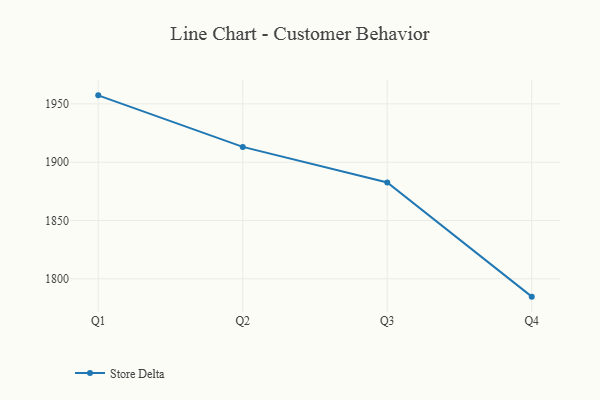
{"axis": {"x": "Quarter", "y": "Budget (USD K)"}, "legend": ["Store Delta"], "data": [{"x": "Q1", "y": 1957.3, "type": "Store Delta"}, {"x": "Q2", "y": 1913.1, "type": "Store Delta"}, {"x": "Q3", "y": 1882.6, "type": "Store Delta"}, {"x": "Q4", "y": 1784.7, "type": "Store Delta"}]}